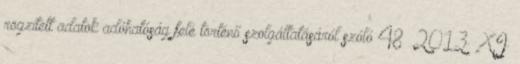
rögzített adatok adóhatóság felé történő szolgáltatásáról szóló 48 2013. XI.